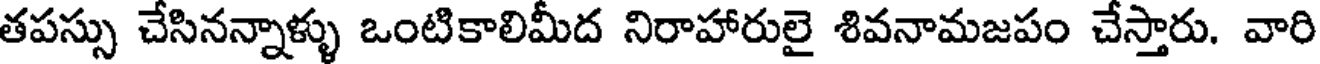
తపస్సు చేసినన్నాళ్ళు ఒంటికాలిమీద నిరాహారులై శివనామజపం చేస్తారు. వారి